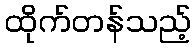
ထိုက်တန်သည့်